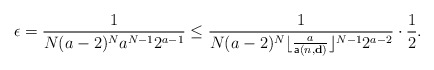
\begin{align*} \epsilon=\frac{1}{N(a-2)^N a^{N-1}2^{a-1}}\leq \frac{1}{N(a-2)^N \lfloor \frac{a}{\mathsf{a}(n,\mathbf{d})}\rfloor^{N-1}2^{a-2}}\cdot\frac{1}{2}.\end{align*}